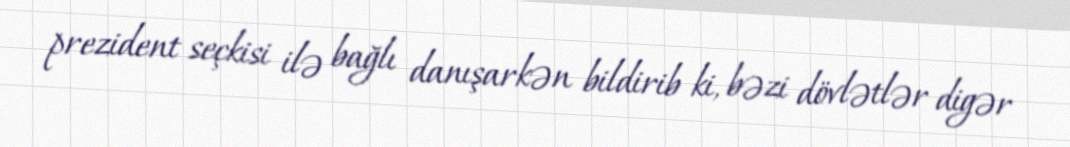
prezident seçkisi ilə bağlı danışarkən bildirib ki, bəzi dövlətlər digər